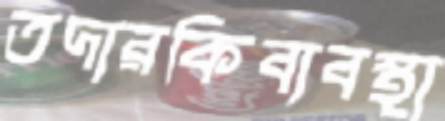
তদারকিব্যবস্থা